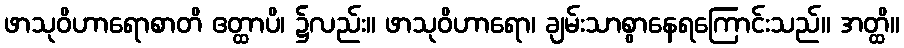
ဖာသုဝိဟာရောစာတိ ဧတ္ထာပိ၊ ၌လည်း။ ဖာသုဝိဟာရော၊ ချမ်းသာစွာနေရကြောင်းသည်။ အတ္ထိ။